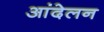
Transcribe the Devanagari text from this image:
आंदेलन